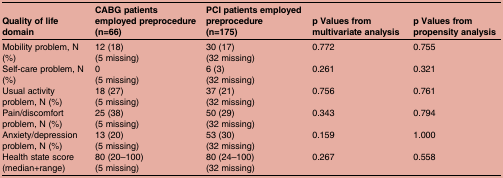
| Quality of life domain | CABG patients employed preprocedure(n=66) | PCI patients employed preprocedure(n=175) | p Values from multivariate analysis | p Values from propensity analysis |
 | --- | --- | --- | --- | --- |
 | Mobility problem, N (%) | 12 (18)(5 missing) | 30 (17)(32 missing) | 0.772 | 0.755 |
 | Self-care problem, N (%) | 0(5 missing) | 6 (3)(32 missing) | 0.261 | 0.321 |
 | Usual activity problem, N (%) | 18 (27)(5 missing) | 37 (21)(32 missing) | 0.756 | 0.761 |
 | Pain/discomfort problem, N (%) | 25 (38)(5 missing) | 50 (29)(32 missing) | 0.343 | 0.794 |
 | Anxiety/depression problem, N (%) | 13 (20)(5 missing) | 53 (30)(32 missing) | 0.159 | 1.000 |
 | Health state score(median+range) | 80 (20–100)(5 missing) | 80 (24–100)(32 missing) | 0.267 | 0.558 |